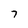
Character: 7